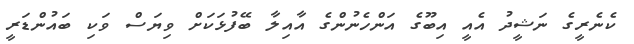
ކެނެރީގެ ނަޝީދު އެއީ އިބޫގެ އަންހެނުންގެ އާއިލާ ބޭފުޅަކަށް ވިޔަސް ވަކި ބައުންޑަރީ